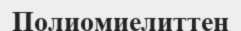
Полиомиелиттен